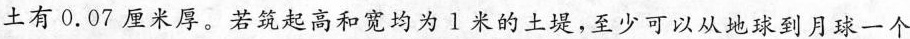
土有0.07厘米厚。若筑起高和宽均为1米的土堤，至少可以从地球到月球一个